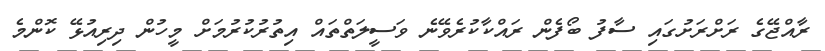
ރާއްޖޭގެ ރަށްރަށުގައި ސާފު ބޯފެން ރައްކާކުރެވޭނެ ވަސީލަތްތައް އިތުރުކުރުމަށް މީހުން ދިރިއުޅޭ ކޮންމެ